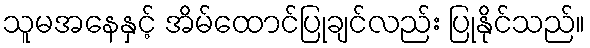
သူမအနေနှင့် အိမ်ထောင်ပြုချင်လည်း ပြုနိုင်သည်။